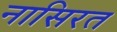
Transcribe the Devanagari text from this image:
नासिरत